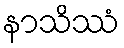
နာသိဿံ